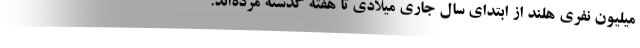
میلیون‌ نفری هلند از ابتدای سال جاری میلادی تا هفته گذشته مرده‌اند.